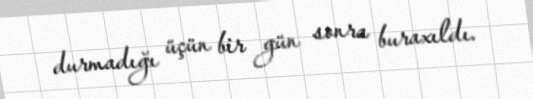
durmadığı üçün bir gün sonra buraxıldı.